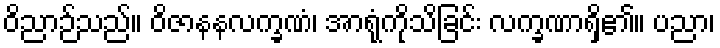
ဝိညာဉ်သည်။ ဝိဇာနနလက္ခဏံ၊ အာရုံကိုသိခြင်း လက္ခဏာရှိ၏။ ပညာ၊